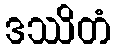
ဒဿိတံ